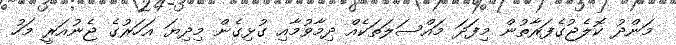
މަންދު ކޮލެޖުގެފަރާތުން މިފަދަ މައްސަލަތަކެއް ދިމާވުމާއި ގުޅިގެން މިދިޔަ އަހަރުގެ ޖެނުއަރީ މަހު